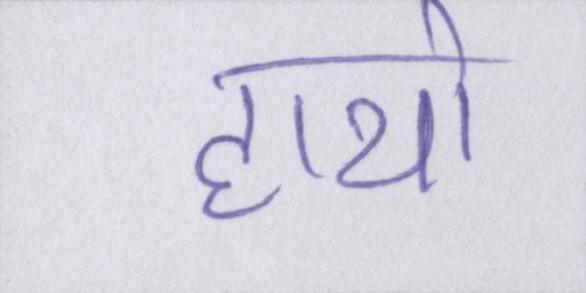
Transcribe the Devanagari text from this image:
हाथो